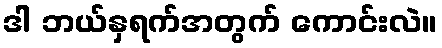
ဒါ ဘယ်နှရက်အတွက် ကောင်းလဲ။